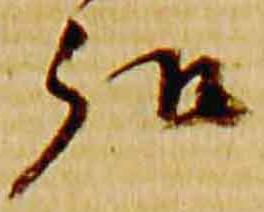
弘